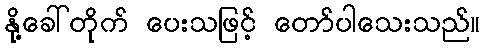
နို့ခေါ်တိုက် ပေးသဖြင့် တော်ပါသေးသည်။